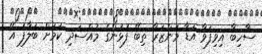
ސާހިބާ އިވިފަވާ އަޑާ މަންޒަރާ ތިބޭ ފުޅުންގެ މުއްސަދި ކަމަށް ބަލާފަ އޭ